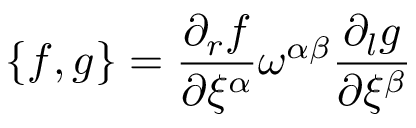
\{ f , g \} = \frac { \partial _ { r } f } { \partial \xi ^ { \alpha } } \omega ^ { \alpha \beta } \frac { \partial _ { l } g } { \partial \xi ^ { \beta } }